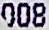
008